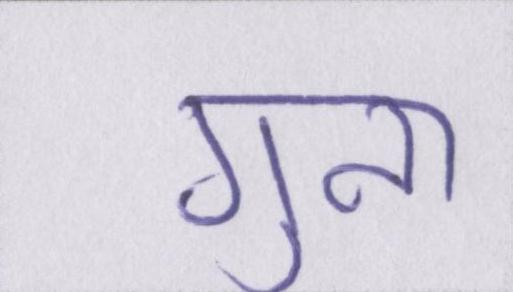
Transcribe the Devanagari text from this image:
गुना